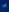
Transcribe